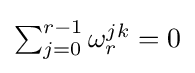
{\textstyle \sum _{j=0}^{r-1}\omega _{r}^{jk}=0}